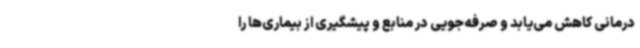
درمانی کاهش می‌یابد و صرفه‌جویی در منابع و پیشگیری از بیماری‌ها را